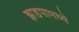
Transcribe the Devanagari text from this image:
झडपामध्ये